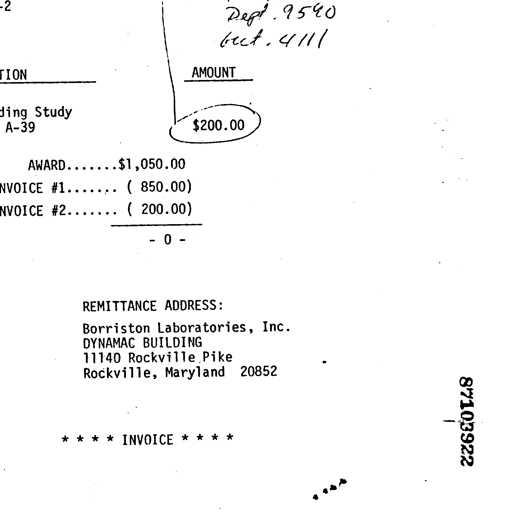
-2 Dept. 9590
Acct. 4111
TION AMOUNT
ding Study
A-39 ($200.00)
AWARD.......$1,050.00
NVOICE #1....... ( 850.00)
NVOICE #2....... ( 200.00)
-----------------------
- 0 -
REMITTANCE ADDRESS:
Borriston Laboratories, Inc.
DYNAMAC BUILDING
11140 Rockville Pike
Rockville, Maryland 20852
**** INVOICE ****
87103922